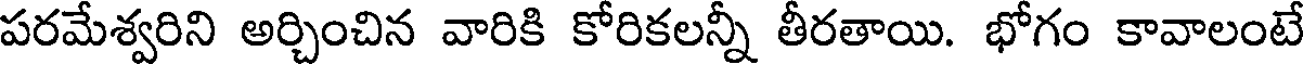
పరమేశ్వరిని అర్చించిన వారికి కోరికలన్నీ తీరతాయి. భోగం కావాలంటే